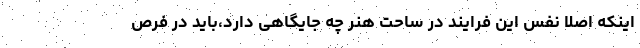
اینکه اصلا نفس این فرایند در ساحت هنر چه جایگاهی دارد،باید در فرص